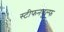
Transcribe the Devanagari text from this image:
स्टीफनवुल्फ